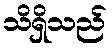
သိရှိသည်